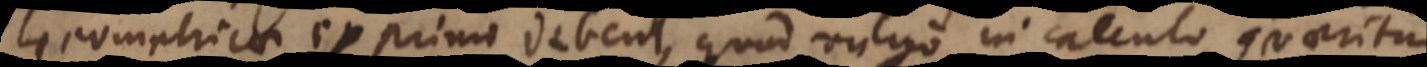
Geometricae exprimi debent, quod vulgo in calculo quaeritur.